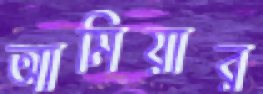
আমিয়ার